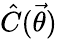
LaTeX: \hat{C}(\vec{\theta})